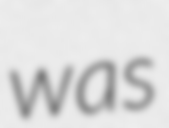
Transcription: was